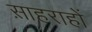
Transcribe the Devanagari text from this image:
स़ाहराहों